Trukikaitis_Postimees, lk 10
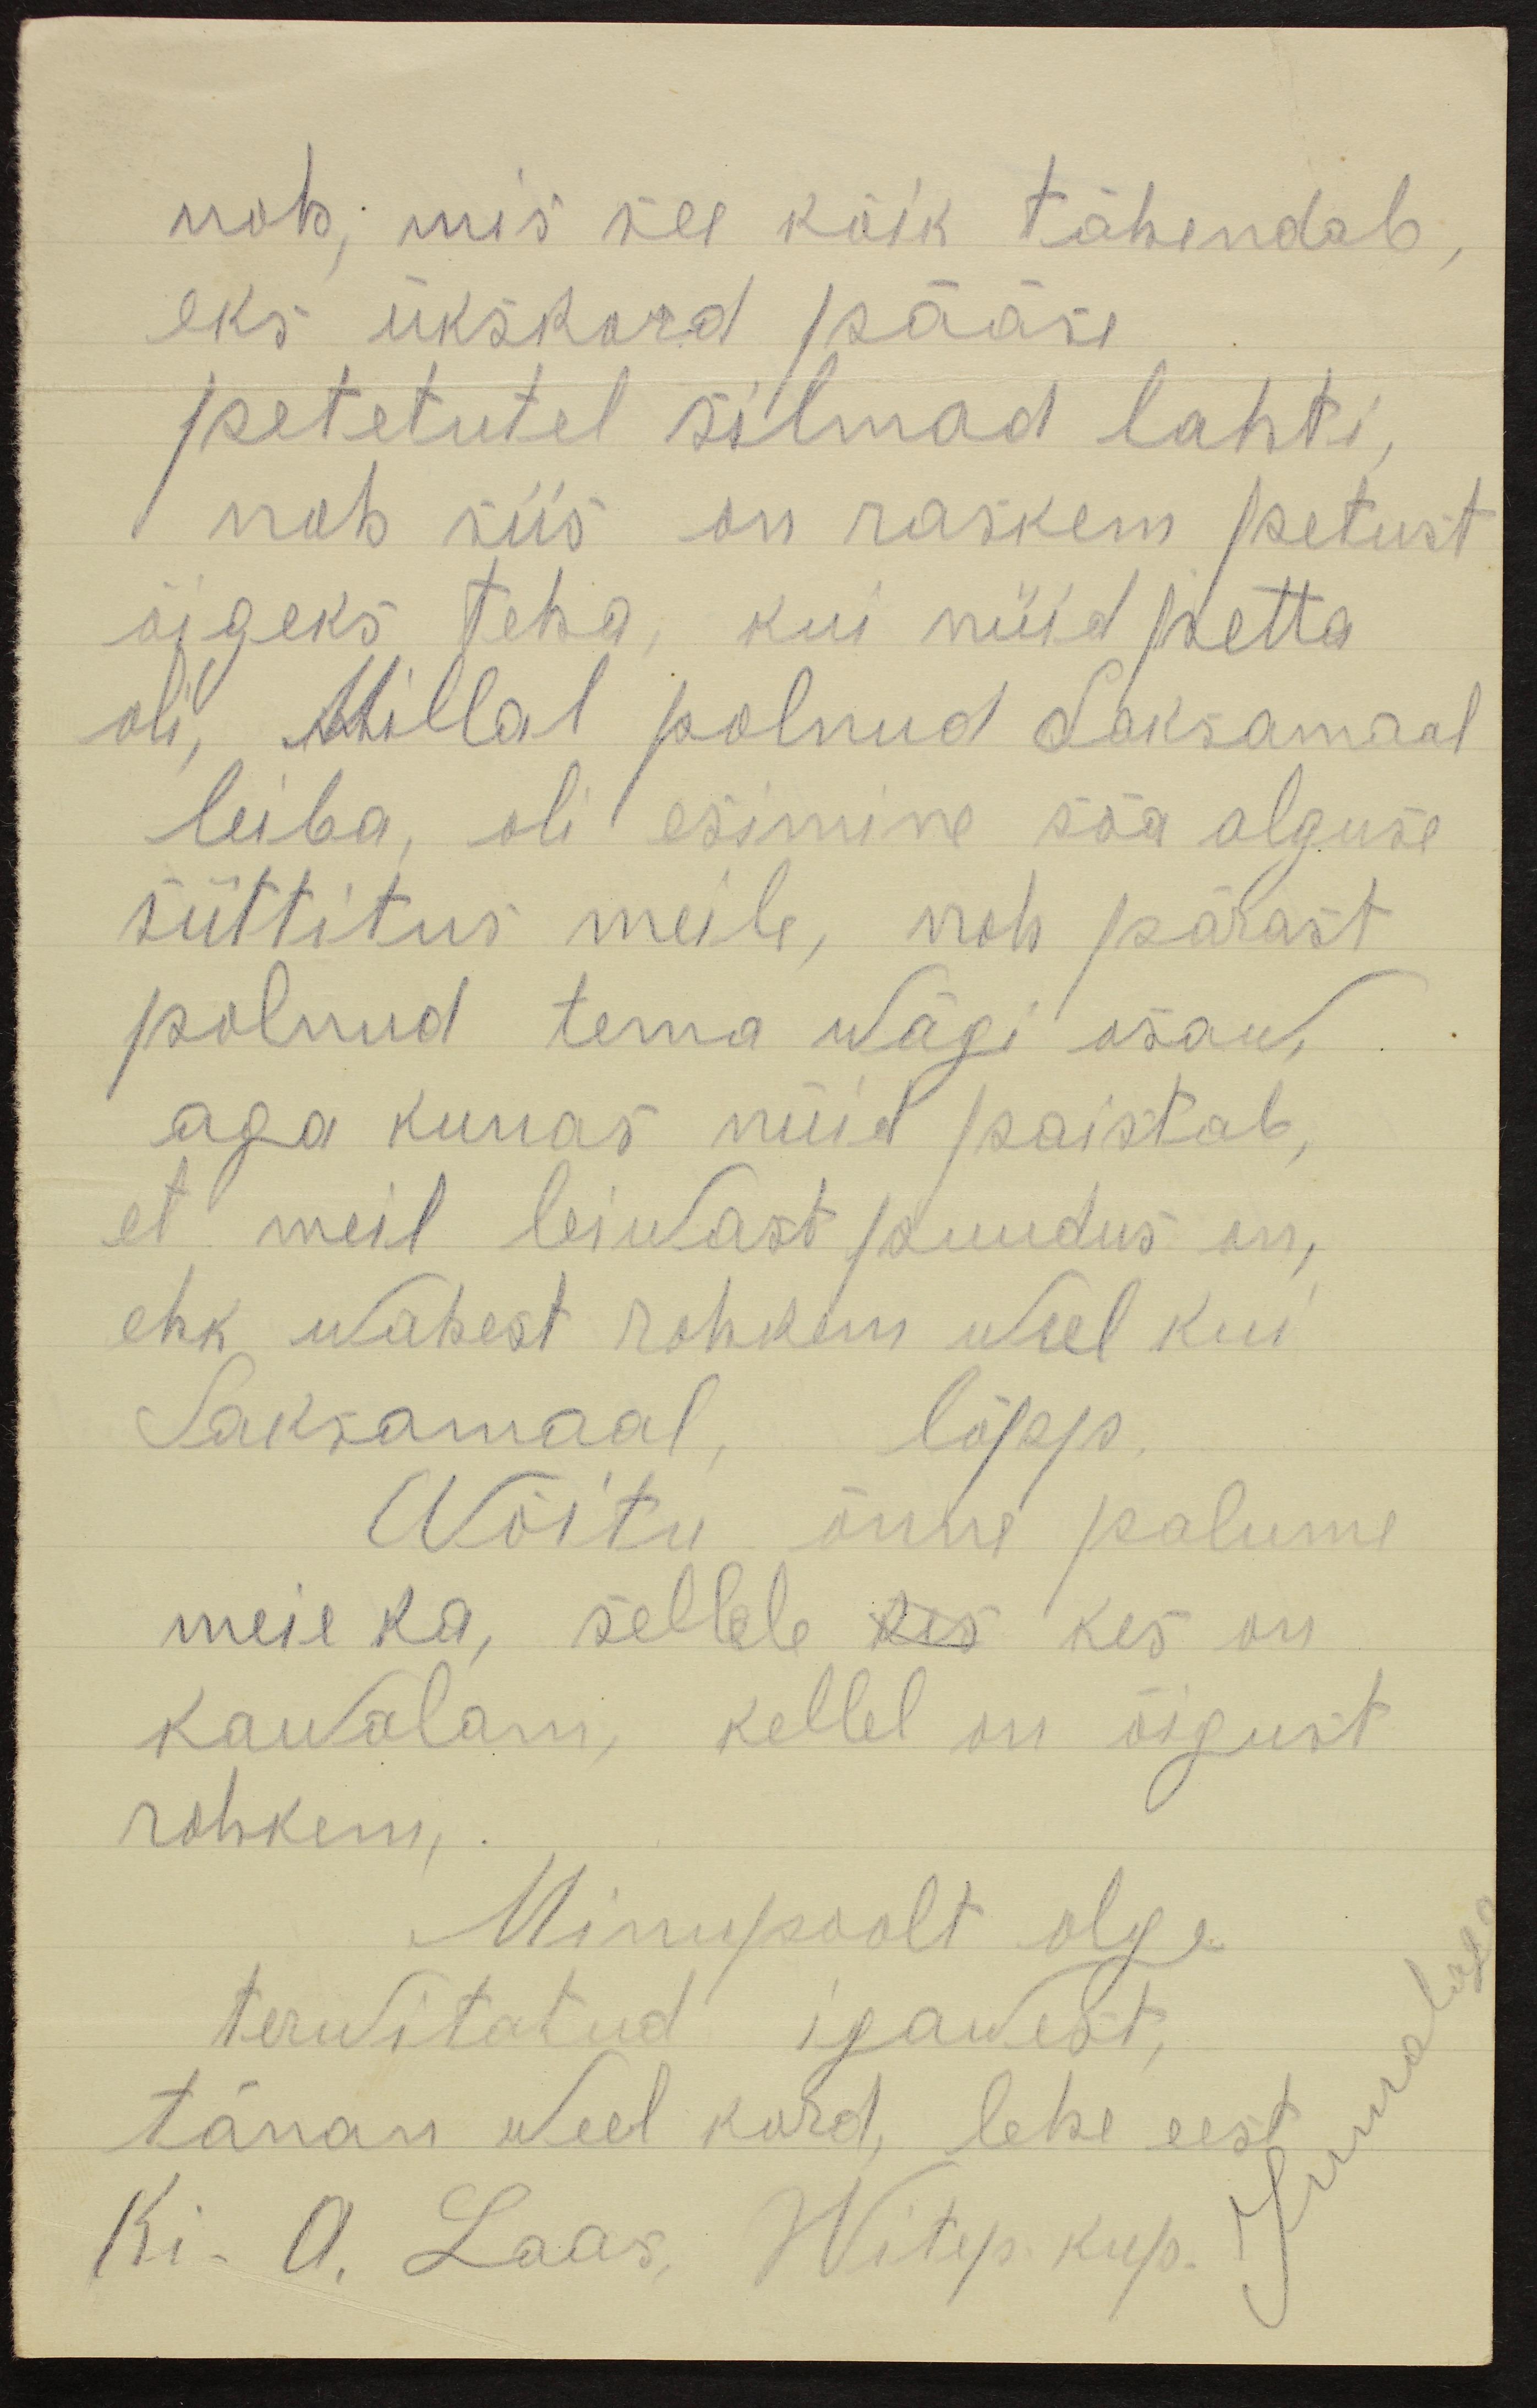
noh, mis see kõik tähendab,
eks ükskord pääse
petetutel silmad lahti
noh siis on raskem petust
õigeks teha, kui nüid petta
oli, Millal polnud Saksamaal
leiba, oli esimine sõa alguse
süttitus meile, noh pärast
polnud tema wägi osaw,
aga kunas nüid paistab
et meil leiwast puudus on,
ehk wahest rohkem weel kui
Saksamaal, lõpp
Wõitu õnne palume
meie ka, sellele kes kes on
kawalam, kellel on õigust
rohkem
Minupoolt olge
Jummalaga
terwitatud igawest
tänan weel kord, lehe eest
Ki. A. Laas, Witep. kup.